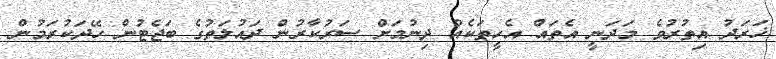
ޚަރަދު އިތުރުވެ މަދަނީ އެތައް އެހީތަކެއް ދިނުމަށް ސަރުކާރުން ދައުލަތުގެ ބަޖެޓުން ހޭދަކުރަމުން